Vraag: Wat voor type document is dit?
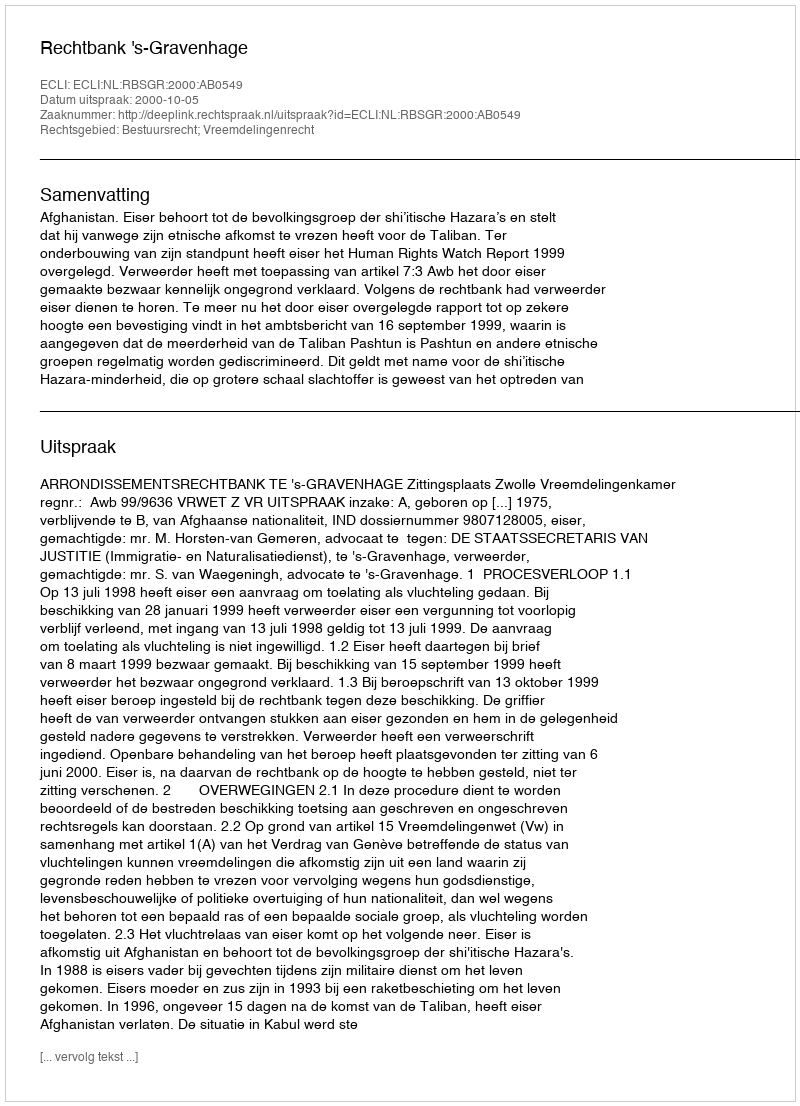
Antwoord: Uitspraak